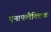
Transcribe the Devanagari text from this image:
एनाफ्लैक्टिक